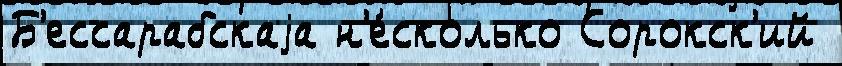
Б'ессарабскаjа н'е́сколько Сорокск'ий